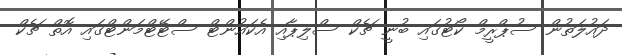
ދައުލަތުން ސުޕްރީމް ކޯޓުގައި ބުނީ ޗެކް ސްލިޕާއި އެކައުންޓް ސްޓޭޓްމަންޓްގައި އޮތް ޗެކް